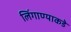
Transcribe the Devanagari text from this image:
लिंगाण्याकडे